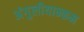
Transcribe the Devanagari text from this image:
अंगुलीयान्कम